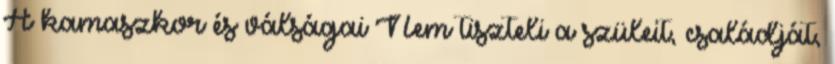
A kamaszkor és válságai Nem tiszteli a szüleit, családját,